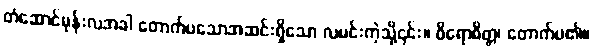
တံဆောင်မုန်းလအခါ တောက်ပသောအဆင်းရှိသော လမင်းကဲ့သို့၎င်း။ ဝိရောစိတ္တ၊ တောက်ပ၏။